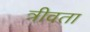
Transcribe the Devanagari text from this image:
त्रीवता